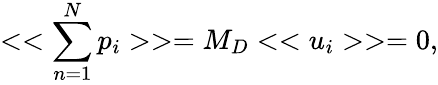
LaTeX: <<\sum_{n=1}^{N}p_{i}>>=M_{D}<<u_{i}>>=0,